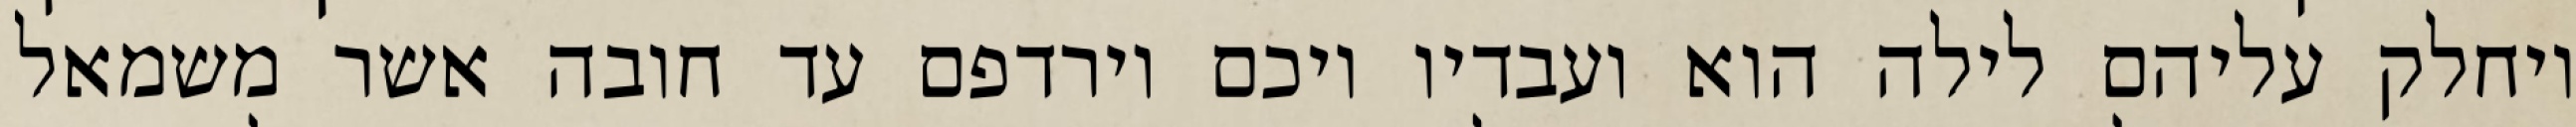
ויחלק עליהם לילה הוא ועבדיו ויכם וירדפם עד חובה אשר משמאל